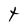
Character: t